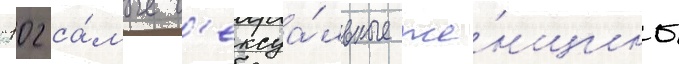
"102 са́мые с'ексуа́льные же́нщины